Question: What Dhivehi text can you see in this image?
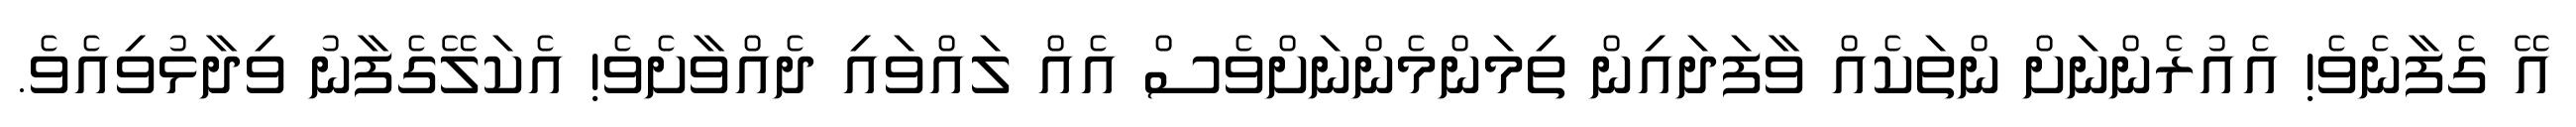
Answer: އޭ ގެފާނެވެ! އެއުރެންނަށް ންތަކެއް ވާފަދައިން ތިމަންމެންނަށްވެސް އެއް ލައްވައި ދެއްވާށެވެ! އެކަލޭގެފާނު ވިދާޅުވިއެވެ.